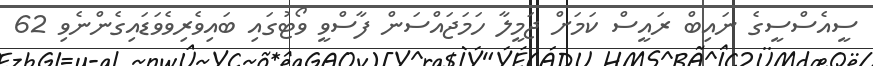
ސީއެސްސީގެ ނައިބް ރައީސް ކަމަށް ޖަމީލާ ހަމަޖައްސަން ފާސްވީ ވޯޓުގައި ބައިވެރިވެވަޑައިގެންނެވި 62